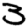
Digit: 3